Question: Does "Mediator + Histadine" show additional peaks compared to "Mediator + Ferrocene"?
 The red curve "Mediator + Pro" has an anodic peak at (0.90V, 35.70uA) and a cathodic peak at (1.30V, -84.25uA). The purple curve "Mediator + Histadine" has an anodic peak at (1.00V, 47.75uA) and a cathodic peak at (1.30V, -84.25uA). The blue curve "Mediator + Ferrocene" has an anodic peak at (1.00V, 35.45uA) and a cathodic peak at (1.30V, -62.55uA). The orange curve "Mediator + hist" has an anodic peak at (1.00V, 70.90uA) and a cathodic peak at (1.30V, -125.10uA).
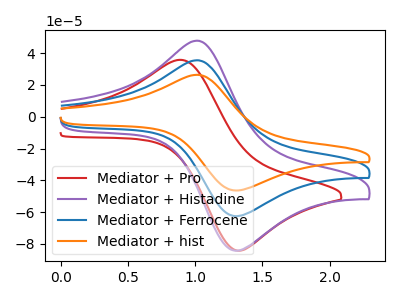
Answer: <think>All the peaks in "Mediator + Histadine" have a peak in "Mediator + Ferrocene" at the same potential. Every peak in "Mediator + Histadine" is higher than every peak in "Mediator + Ferrocene".
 </think>
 <answer>No, "Mediator + Histadine" and "Mediator + Ferrocene" don't appear to be significantly different in shape</answer>
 <eval>no_change</eval>